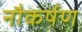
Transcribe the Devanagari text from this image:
नौकर्षण